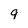
Character: 9